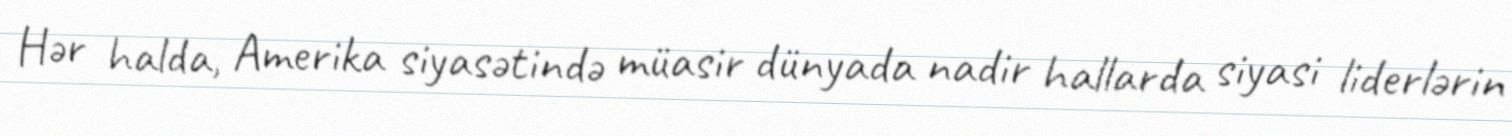
Hər halda, Amerika siyasətində müasir dünyada nadir hallarda siyasi liderlərin